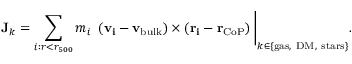
{ \bf J } _ { k } = \sum _ { i : r < r _ { 5 0 0 } } m _ { i } ~ \left( { \bf v _ { i } } - { \bf v _ { \mathrm { b u l k } } } \right) \times \left( { \bf r _ { i } } - { \bf r _ { \mathrm { C o P } } } \right) \Bigg | _ { k \in \{ \mathrm { g a s , ~ D M , ~ s t a r s } \} } .